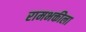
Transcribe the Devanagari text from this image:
रामभक्तीला